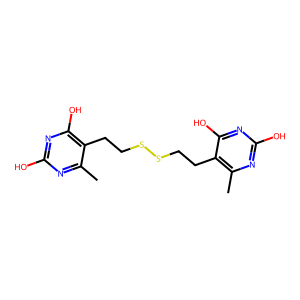
SMILES: Cc1nc(O)nc(O)c1CCSSCCc1c(C)nc(O)nc1O
Inhibits HIV replication: No